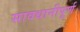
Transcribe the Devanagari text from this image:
सावधानीपूर्ण